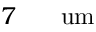
7 \ensuremath { \mathrm { ~ \textrm ~ { ~ \, ~ } ~ } } \ensuremath { \mathrm { u m } }